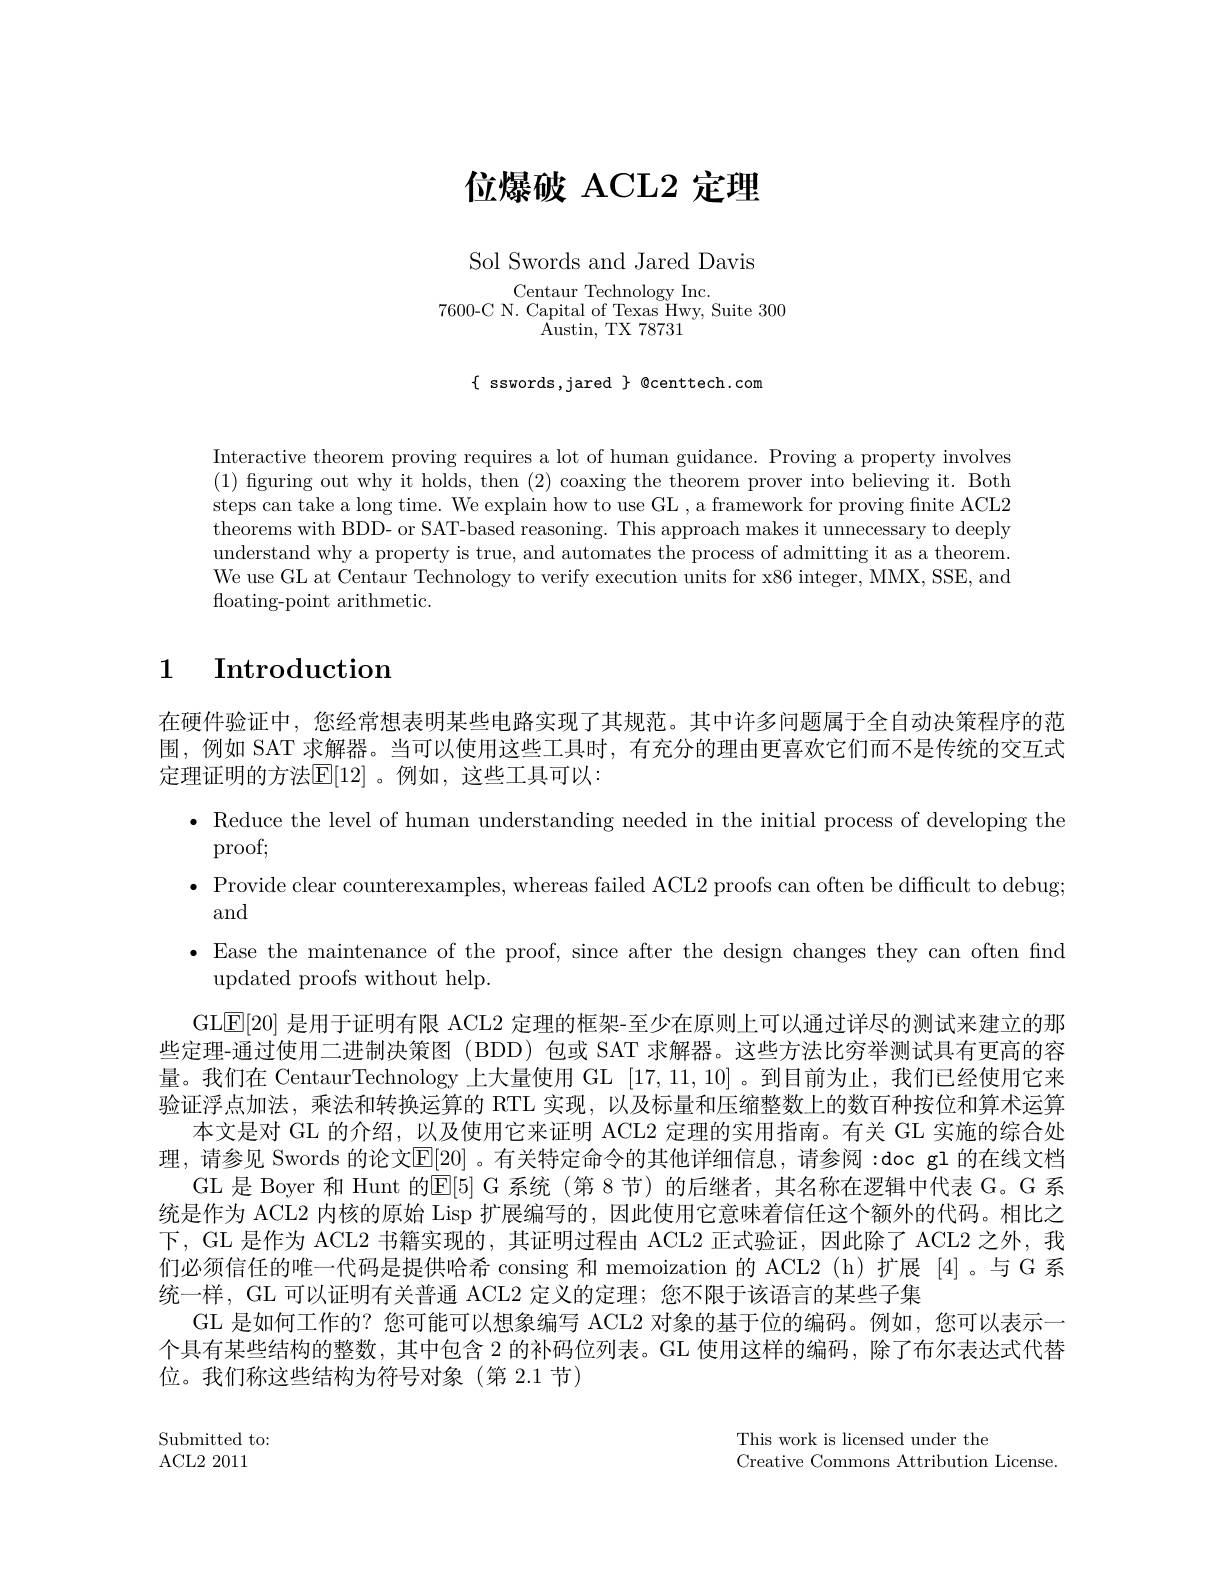
位爆破 ACL2 定理

Sol Swords and Jared Davis

Centaur Technology Inc
7600-C N. Capital of Texas Hwy, Suite 300
Austin, TX 78731

$\{$ sswords ,jared $\}$ @centtech.com

Interactive theorem proving requires a lot of human guidance. Proving a property involves (1) figuring out why it holds, then (2) coaxing the theorem prover into believing it. Both steps can take a long time. We explain how to use GL , a framework for proving fnite ACL2 $\bar{\text{theorems with BDD- or SAT-based reasoning. This approach makes it unnecessary to deeply}}$ understand why a property is true, and automates the process of admitting it as a theorem. We use GL at Centaur Technology to verify execution units for x86 integer, MMX, SSE, and ${\mathrm{floating-point~arithmetic}}.$

# 1 $\textbf{Introduction}$

在硬件验证中，您经常想表明某些电路实现了其规范。其中许多问题属于全自动决策程序的范围，例如 SAT 求解器。当可以使用这些工具时，有充分的理由更喜欢它们而不是传统的交互式定理证明的方法$\mathbb{E}[12]$。例如，这些工具可以：
$\bullet$ Reduce the level of human understanding needed in the initial process of developing the
proof;
$\bullet$ Provide clear counterexamples, whereas failed ACL2 proofs can often be difficult to debug;
and
$\bullet$ Ease the maintenance of the proof, since after the design changes they can often find
updated proofs without help.
GLE[20] 是用于证明有限 ACL2 定理的框架-至少在原则上可以通过详尽的测试来建立的那些定理-通过使用二进制决策图(BDD) 包或 SAT 求解器。这些方法比穷举测试具有更高的容量。我们在 CentaurTechnology 上大量使用 GL [17,11,10] 。到目前为止，我们已经使用它来验证浮点加法，乘法和转换运算的 RTL 实现，以及标量和压缩整数上的数百种按位和算术运算
本文是对 GL 的介绍，以及使用它来证明 ACL2 定理的实用指南。有关 GL 实施的综合处理，请参见 Swords 的论文$\mathbb{E}[20]$。有关特定命令的其他详细信息，请参阅：doc gl 的在线文档
GL 是 Boyer 和 Hunt 的E[5] G 系统 (第 8 节) 的后继者，其名称在逻辑中代表 G。G 系统是作为 ACL2 内核的原始 Lisp 扩展编写的，因此使用它意味着信任这个额外的代码。相比之下，GL 是作为 ACL2 书籍实现的，其证明过程由 ACL2 正式验证，因此除了 ACL2 之外，我们必须信任的唯一代码是提供哈希 consing 和 memoization 的 ACL2 (h)扩展 [4]。与G 系统一样，GL 可以证明有关普通 ACL2 定义的定理；您不限于该语言的某些子集
GL 是如何工作的？您可能可以想象编写 ACL2 对象的基于位的编码。例如，您可以表示一个具有某些结构的整数，其中包含 2 的补码位列表。GL 使用这样的编码，除了布尔表达式代替位。我们称这些结构为符号对象(第 2.1 节)

Submitted to:

This work is licensed under the
Creative Commons Attribution License

ACL2 2011